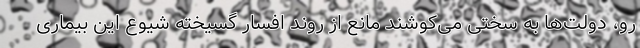
رو، دولت‌ها به سختی می‌کوشند مانع از روند افسار گسیخته شیوع این بیماری